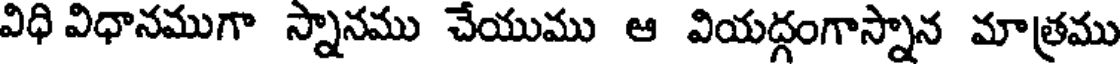
విధి విధానముగా స్నానము చేయుము ఆ వియద్గంగాస్నాన మాత్రము